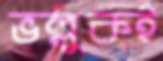
ভল্লুকই